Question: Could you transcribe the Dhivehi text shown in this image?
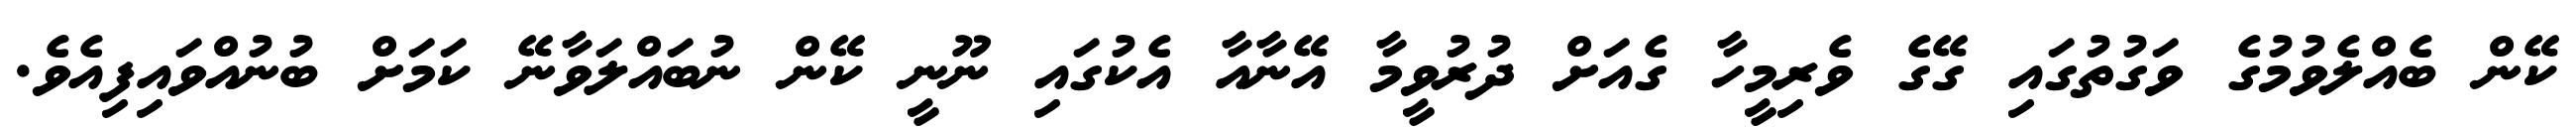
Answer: ކޭން ބެއްލެވުމުގެ ވަގުތުގައި ގޭގެ ވެރިމީހާ ގެއަށް ދުރުވީމާ އޭނާއާ އެކުގައި ނޫނީ ކޭން ނުބައްލަވާނޭ ކަމަށް ބުނުއްވައިފިއެވެ.